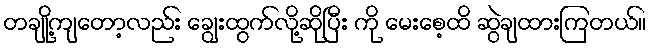
တချို့ကျတော့လည်း ချွေးထွက်လို့ဆိုပြီး ကို မေးစေ့ထိ ဆွဲချထားကြတယ်။